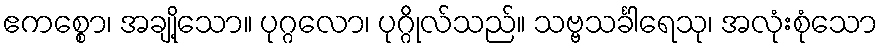
ဧကစ္စော၊ အချို့သော။ ပုဂ္ဂလော၊ ပုဂ္ဂိုလ်သည်။ သဗ္ဗသင်္ခါရေသု၊ အလုံးစုံသော